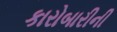
કારોબારીની